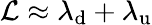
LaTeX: \mathcal{L}\approx\lambda_{\mathrm{{d}}}+\lambda_{\mathrm{{u}}}